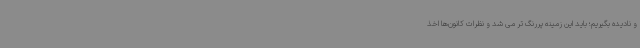
و نادیده بگیریم؛ باید این زمینه پررنگ تر می شد و نظرات کانون‌ها اخذ